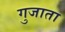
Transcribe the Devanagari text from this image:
गुजाता